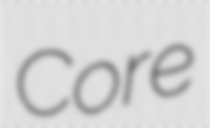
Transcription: Core